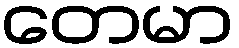
တေမာ